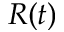
R ( t )